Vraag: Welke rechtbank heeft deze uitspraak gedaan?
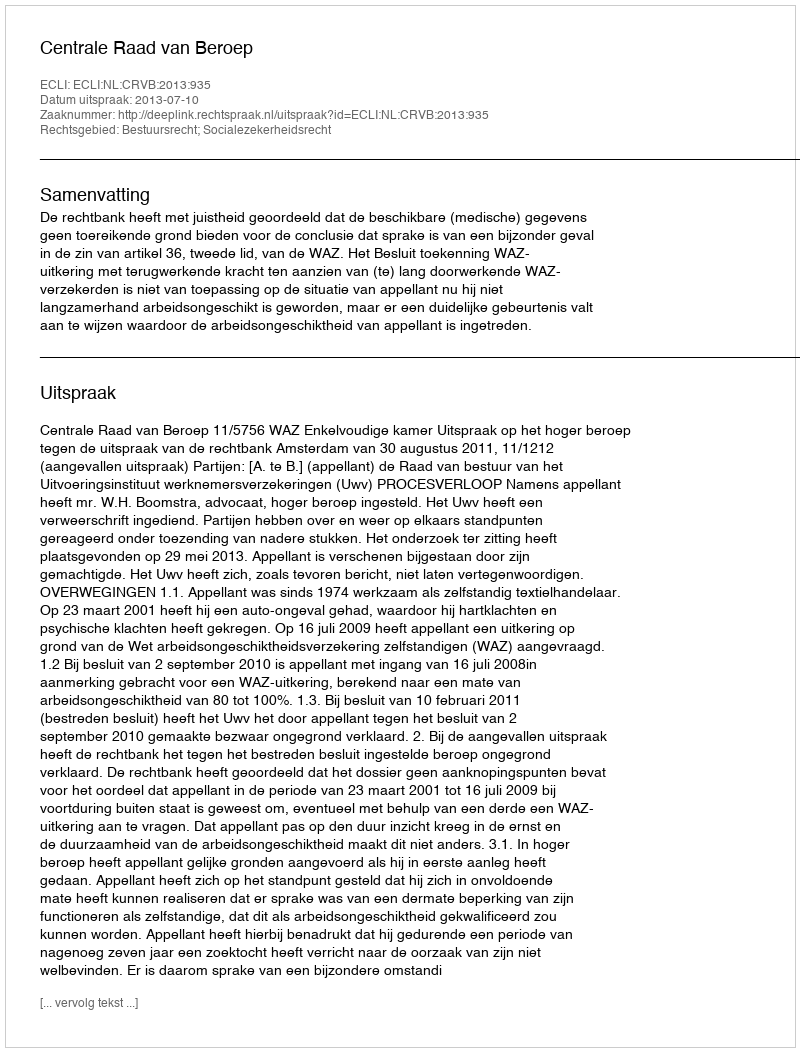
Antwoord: Centrale Raad van Beroep